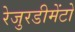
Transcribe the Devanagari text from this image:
रेजुरडीमेंटो